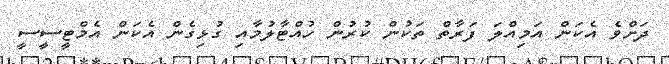
ދަށްވެ އެކަން އަމިއްލަ ފަރާތް ތަކުން ކުރުން ހުއްޓާލުމާއި ގުޅިގެން އެކަން އެމްޓީސީސީ